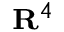
\scriptstyle \mathbf { R } ^ { 4 }